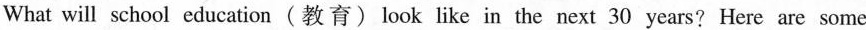
What will school education(教育) look like in the next 30 years? Here are some